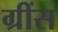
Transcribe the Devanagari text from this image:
ग्रींस